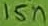
Text: 15n